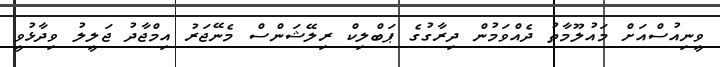
ވީނިއުސްއަށް މައުލޫމާތު ދެއްވަމުން ދިރާގުގެ ޕަބްލިކް ރިލޭޝަންސް މެނޭޖަރު އިމްޖާދު ޖަލީލު ވިދާޅުވީ